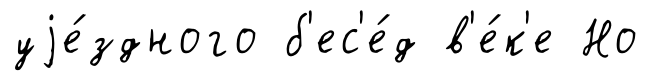
уjе́здного б'ес'е́д в'е́к'е Но